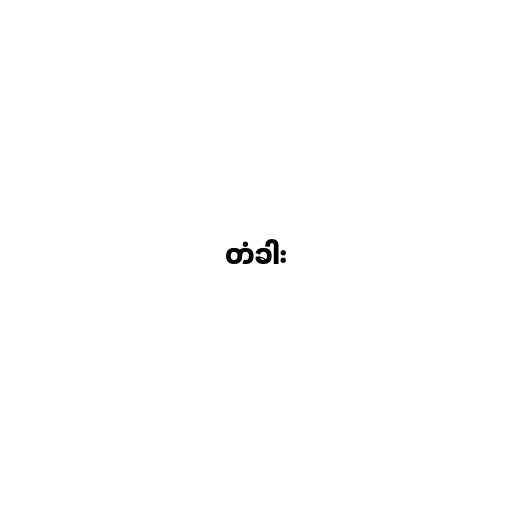
တံခါး